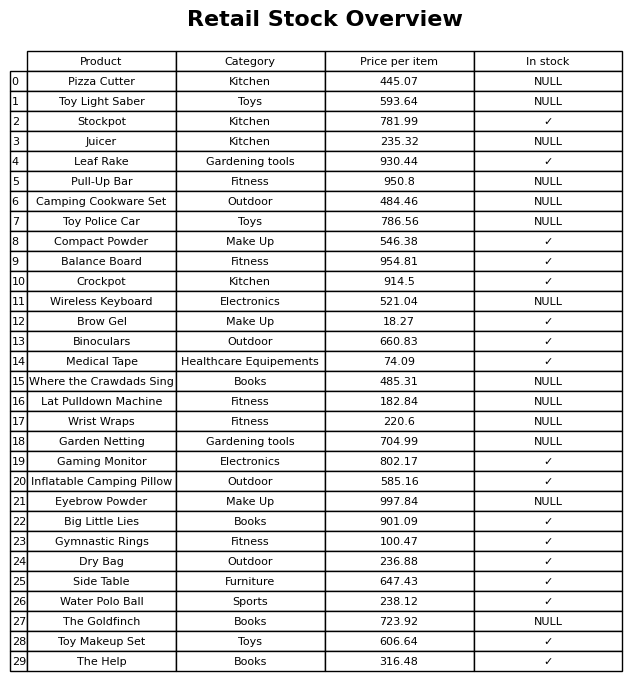
question: What is the price of the Leaf Rake?
answer: The price of Leaf Rake is 930.44.